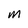
Character: M